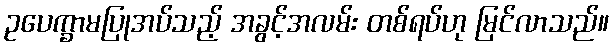
ဥပေက္ခာမပြုအပ်သည့် အခွင့်အလမ်း တစ်ရပ်ဟု မြင်လာသည်။